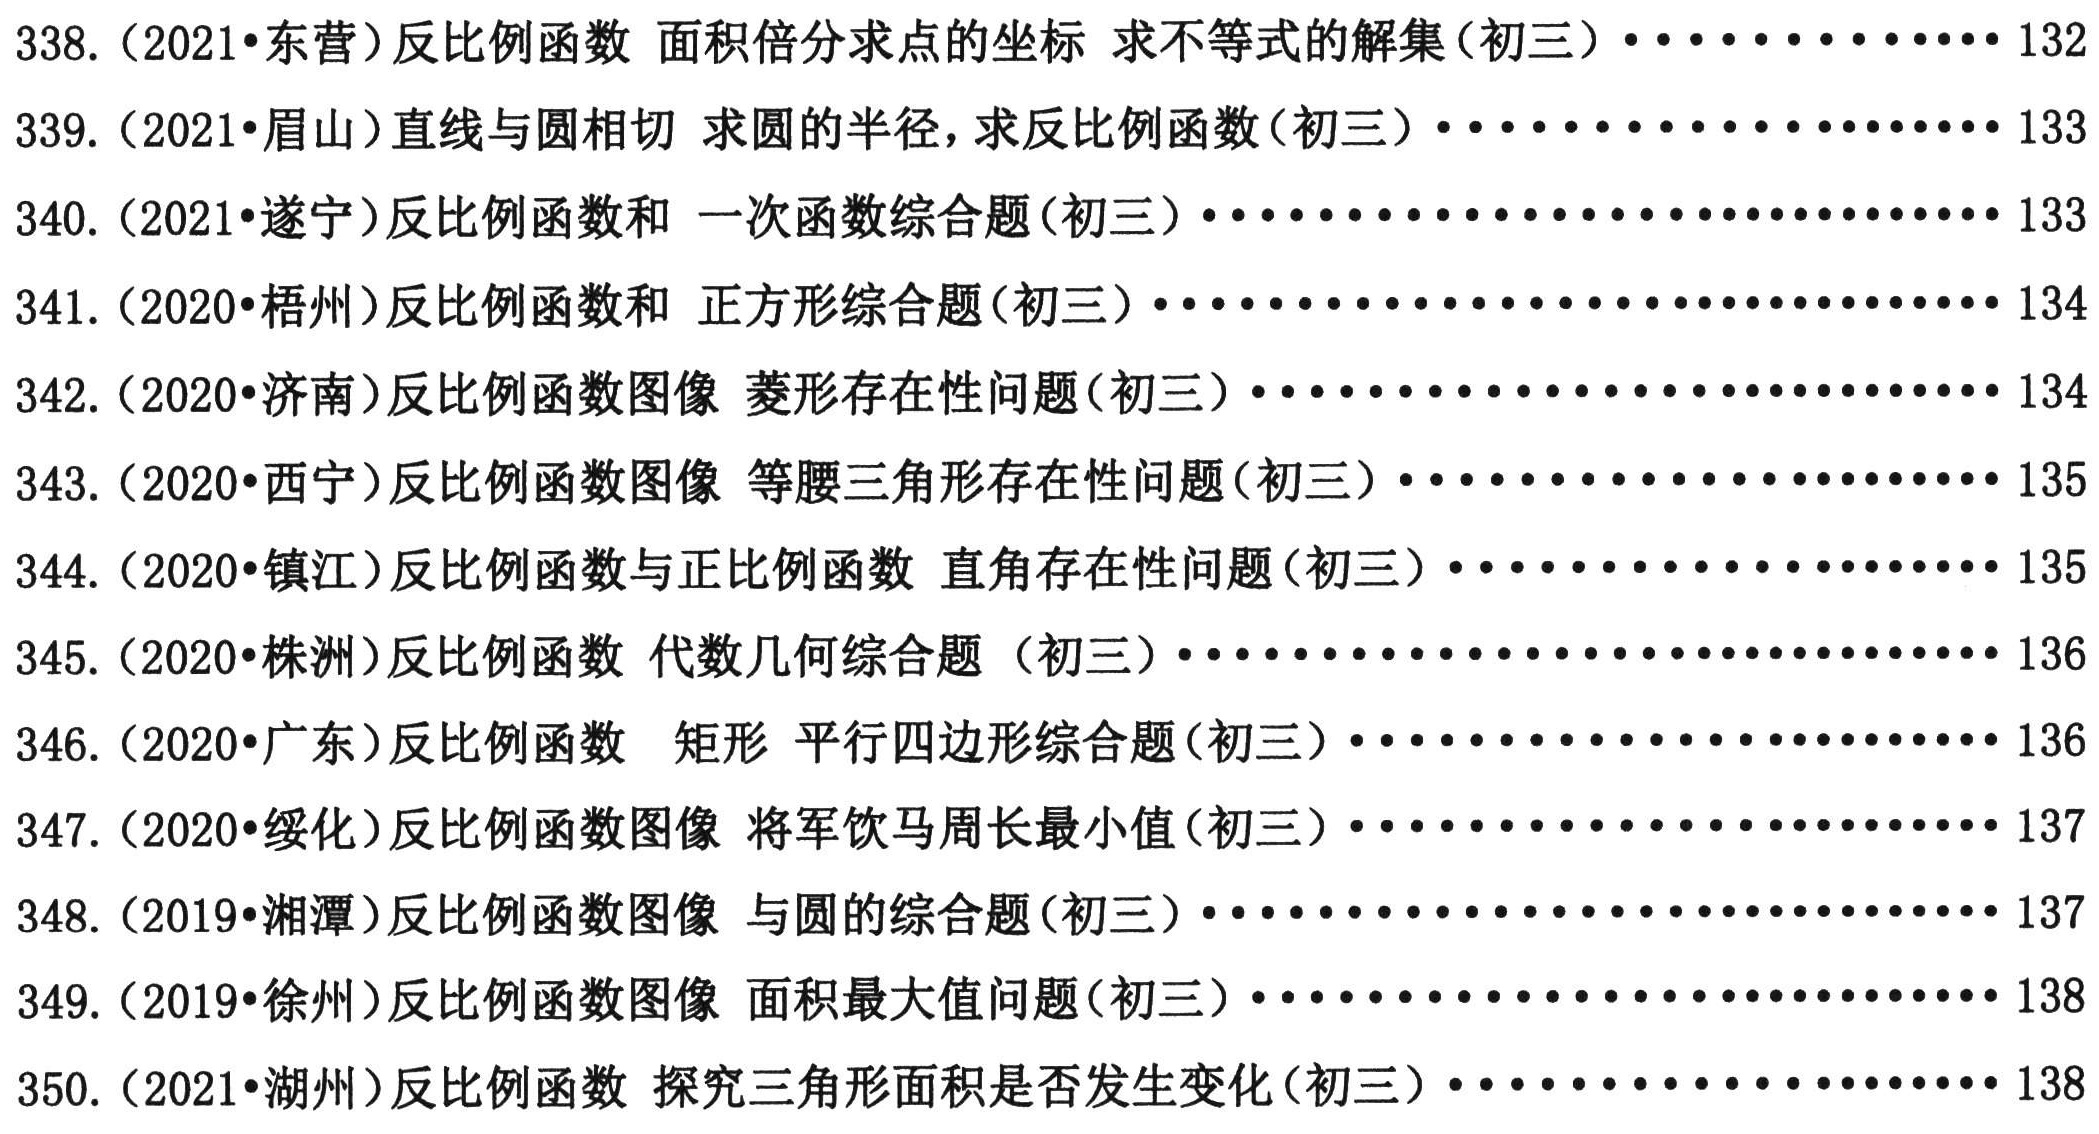
338. (2021·东营)反比例函数 面积倍分求点的坐标 求不等式的解集(初三)··············132
339. (2021·眉山)直线与圆相切 求圆的半径，求反比例函数(初三)················133
340. (2021·遂宁)反比例函数和 一次函数综合题(初三)······················133
341. (2020·梧州)反比例函数和 正方形综合题(初三)······················134
342. (2020·济南)反比例函数图像 菱形存在性问题(初三)······················134
343. (2020·西宁)反比例函数图像 等腰三角形存在性问题(初三)··················135
344. (2020·镇江)反比例函数与正比例函数 直角存在性问题(初三)················135
345. (2020·株洲)反比例函数 代数几何综合题 (初三)······················136
346. (2020·广东)反比例函数 矩形 平行四边形综合题(初三)··················136
347. (2020·绥化)反比例函数图像 将军饮马周长最小值(初三)··················136
348. (2019·湘潭)反比例函数图像 与圆的综合题(初三)······················137
349. (2019·徐州)反比例函数图像 面积最大值问题(初三)······················138
350. (2021·湖州)反比例函数 探究三角形面积是否发生变化(初三)················138